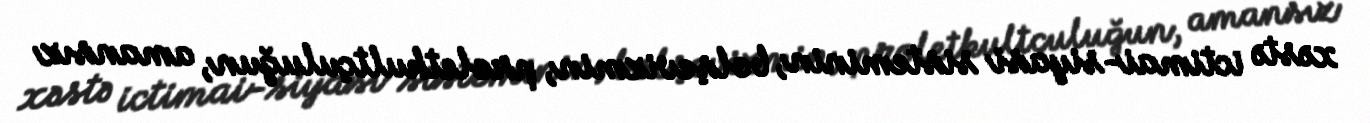
xəstə ictimai-siyasi sisteminin, bolşevizmin, proletkultçuluğun, amansız